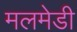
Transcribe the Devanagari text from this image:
मलमेडी